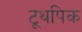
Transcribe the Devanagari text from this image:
टूथपिक